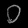
Digit: ၀